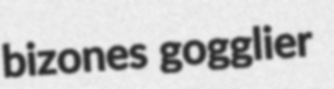
bizones gogglier